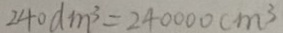
2 4 0 d m ^ { 3 } = 2 4 0 0 0 0 c m ^ { 3 }